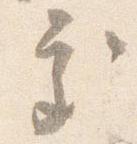
処